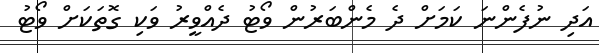
އަދި ނުފެންނަ ކަމަށް ދެ މެންބަރުން ވޯޓު ދެއްވީރު ވަކި ގޮތަކަށް ވޯޓު